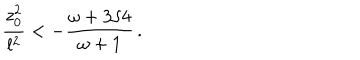
{ \frac { z _ { 0 } ^ { 2 } } { l ^ { 2 } } } < - { \frac { \omega + 3 / 4 } { \omega + 1 } } \, .